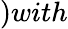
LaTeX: )with